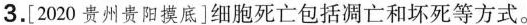
3.[2020 贵州贵阳摸底]细胞死亡包括调产和坏死等方式。